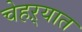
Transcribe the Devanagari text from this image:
चेहऱ्यात